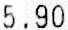
5.90